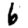
Digit: 6